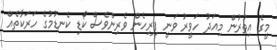
މީގެ އިތުރުން މިއަދު ހަވީރު ވަނީ ފިރިހެން ވެރިންވެސް ކޯޑި ކެނޑުމުގެ ހަރަކާތެއް